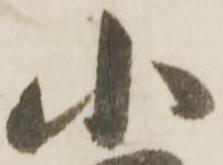
小